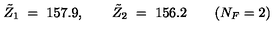
\tilde { Z } _ { 1 } \ = \ 1 5 7 . 9 , \qquad \tilde { Z } _ { 2 } \ = \ 1 5 6 . 2 \qquad ( N _ { F } = 2 )